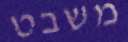
משבט